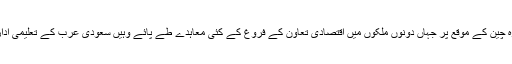
ریاض: سعودی عرب کے ولی عہد شہزادہ محمد بن سلمان کے دورہ چین کے موقع پر جہاں دونوں ملکوں میں اقتصادی تعاون کے فروغ کے کئی معاہدے طے پائے وہیں سعودی عرب کے تعلیمی اداروں میں چینی زبان سکھانے کے منصوبے کا بھی آغاز ہورہا ہے۔